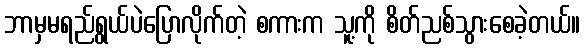
ဘာမှမရည်ရွယ်ပဲပြောလိုက်တဲ့ စကားက သူ့ကို စိတ်ညစ်သွားစေခဲ့တယ်။